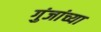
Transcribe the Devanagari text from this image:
गुंजांच्या